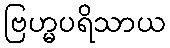
ဗြဟ္မပရိသာယ